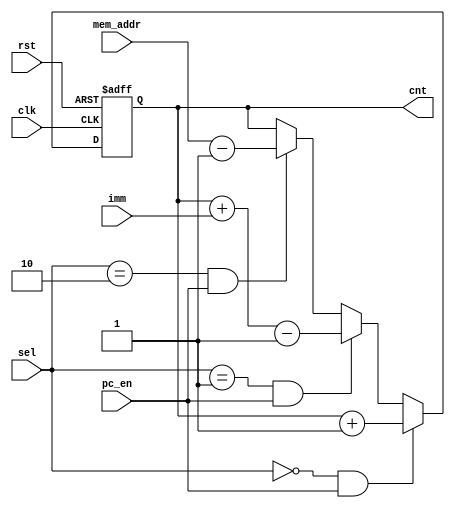
/* 2 bit selector type 00 <- default
 *							  01 <- Imm
 *							  10 <- MemAddr 
 */ 
module Program_Counter(clk, rst, pc_en, sel, imm, mem_addr, cnt);

	input clk, rst, pc_en; 
	input [1:0] sel; 
	input [15:0] imm, mem_addr; 
	
	output reg [15:0] cnt;
	
	parameter Default_s 	= 2'b00; 
	parameter Imm_s 		= 2'b01;
	parameter MemAddr_s 	= 2'b10;

	// initial set cnt to 0, and as soon as pc_en = 1, cnt = 1 on rising edge of clk 
	initial begin
		cnt = 16'b0;
	end 

	
	always@(posedge clk, negedge rst) begin 
		
		if(~rst) begin 
			cnt = 16'b0; 
		end 
		
		else begin
			if((sel == Default_s) && pc_en) begin 
				cnt <= cnt + 1; 
			end 
			
			else if((sel == Imm_s) && pc_en) begin 
				cnt <= cnt + $signed(imm) -1;
			end 
			
			else if((sel == MemAddr_s) && pc_en) begin 
				cnt <= mem_addr -1; 
			end
			
			else begin
				cnt <= cnt;
			end
		end
		
	end 
endmodule